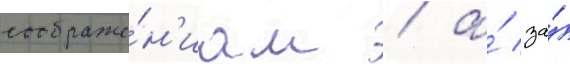
соображе́н'иам / а́ за́